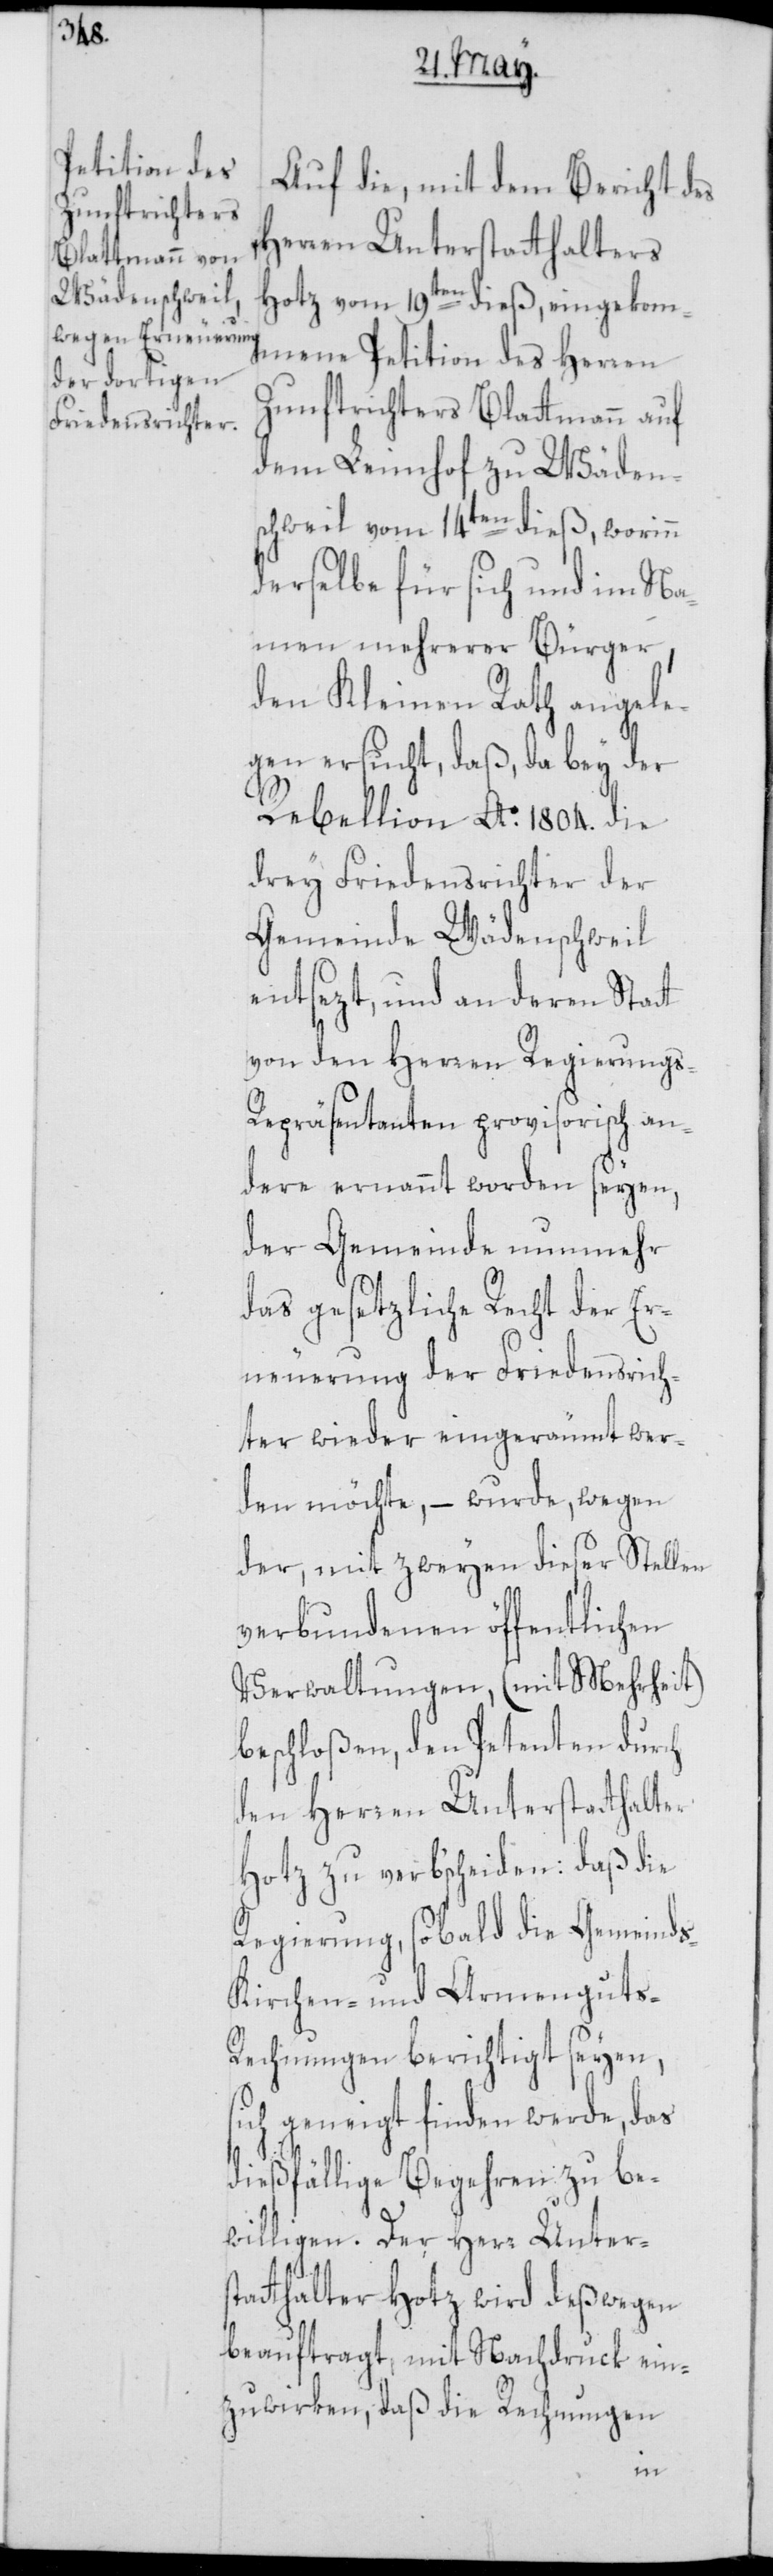
Auf die, mit dem Bericht des
Herren Unterstatthalters
Hotz vom 19ten dieß eingekom¬
mene Petition des Herren
Zunftrichters Blattmann auf
dem Leimhof zu Wäden¬
schweil vom 14ten dieß, worinn
derselbe für sich und im Na¬
men mehrerer Bürger,
den Kleinen Rath angele¬
gen ersucht, daß, da bey der
Rebellion Ao. 1804. die
drey Friedensrichter der
Gemeinde Wädenschweil
entsezt, und an deren Statt
von den Herren Regierungs-R¬
epräsentanten provisorisch an¬
dere ernannt worden seyen,
der Gemeinde nunmehr
das gesetzliche Recht der Er¬
neuerung der Friedensrich¬
ter wieder eingeräumt wer¬
den möchte, – wurde, wegen
der, mit zweyen dieser Stellen
verbundenen öffentlichen
Verwaltungen, (mit Mehrheit)
beschloßen, den Petenten durch
den Herren Unterstatthalter
Hotz zu verb'scheiden: daß die
Regierung, sobald die Gemeind¬
Kirchen- und Armenguts-R¬
echnungen berichtigt seyen,
sich geneigt finden werde, das
dießfällige Begehren zu be¬
willigen. Der Herr Unters¬
tatthalter Hotz wird deßwegen
beauftragt, mit Nachdruck ein¬
zuwirken, daß die Rechnungen
s-[,]